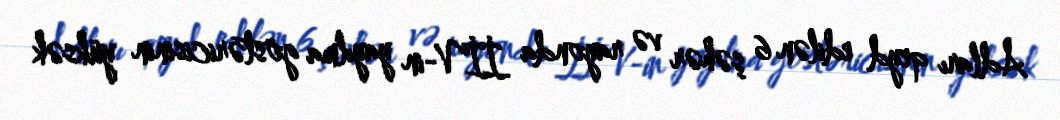
Adları qeyd edilən 6 şəhər və rayonda İİV-in yayılma göstəricisinin yüksək